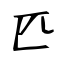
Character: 匹